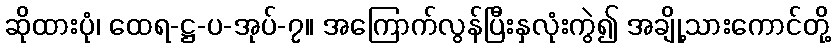
ဆိုထားပုံ၊ ထေရ-ဋ္ဌ-ပ-အုပ်-၇။ အကြောက်လွန်ပြီးနှလုံးကွဲ၍ အချို့သားကောင်တို့